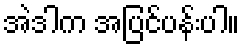
အဲဒါက အပြင်ပန်းပါ။